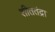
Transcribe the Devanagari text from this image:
शीततंद्रा